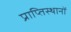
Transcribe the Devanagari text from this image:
प्राप्तिस्थानों